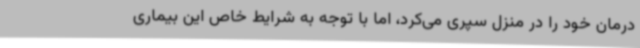
درمان خود را در منزل سپری می‌کرد، اما با توجه به شرایط خاص این بیماری